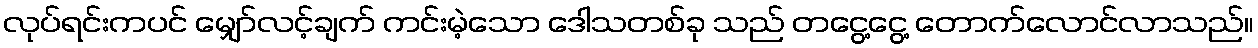
လုပ်ရင်းကပင် မျှော်လင့်ချက် ကင်းမဲ့သော ဒေါသတစ်ခု သည် တငွေ့ငွေ့ တောက်လောင်လာသည်။